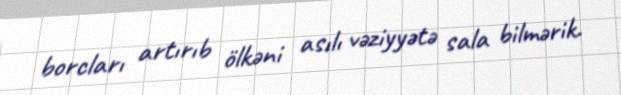
borcları artırıb ölkəni asılı vəziyyətə sala bilmərik.